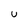
Character: U